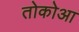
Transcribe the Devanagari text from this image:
तोकोआ